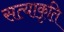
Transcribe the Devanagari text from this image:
सत्याकृति